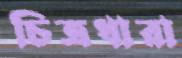
চিত্রধারা